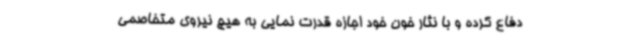
دفاع کرده و با نثار خون خود اجازه قدرت نمایی به هیچ نیروی متخاصمی